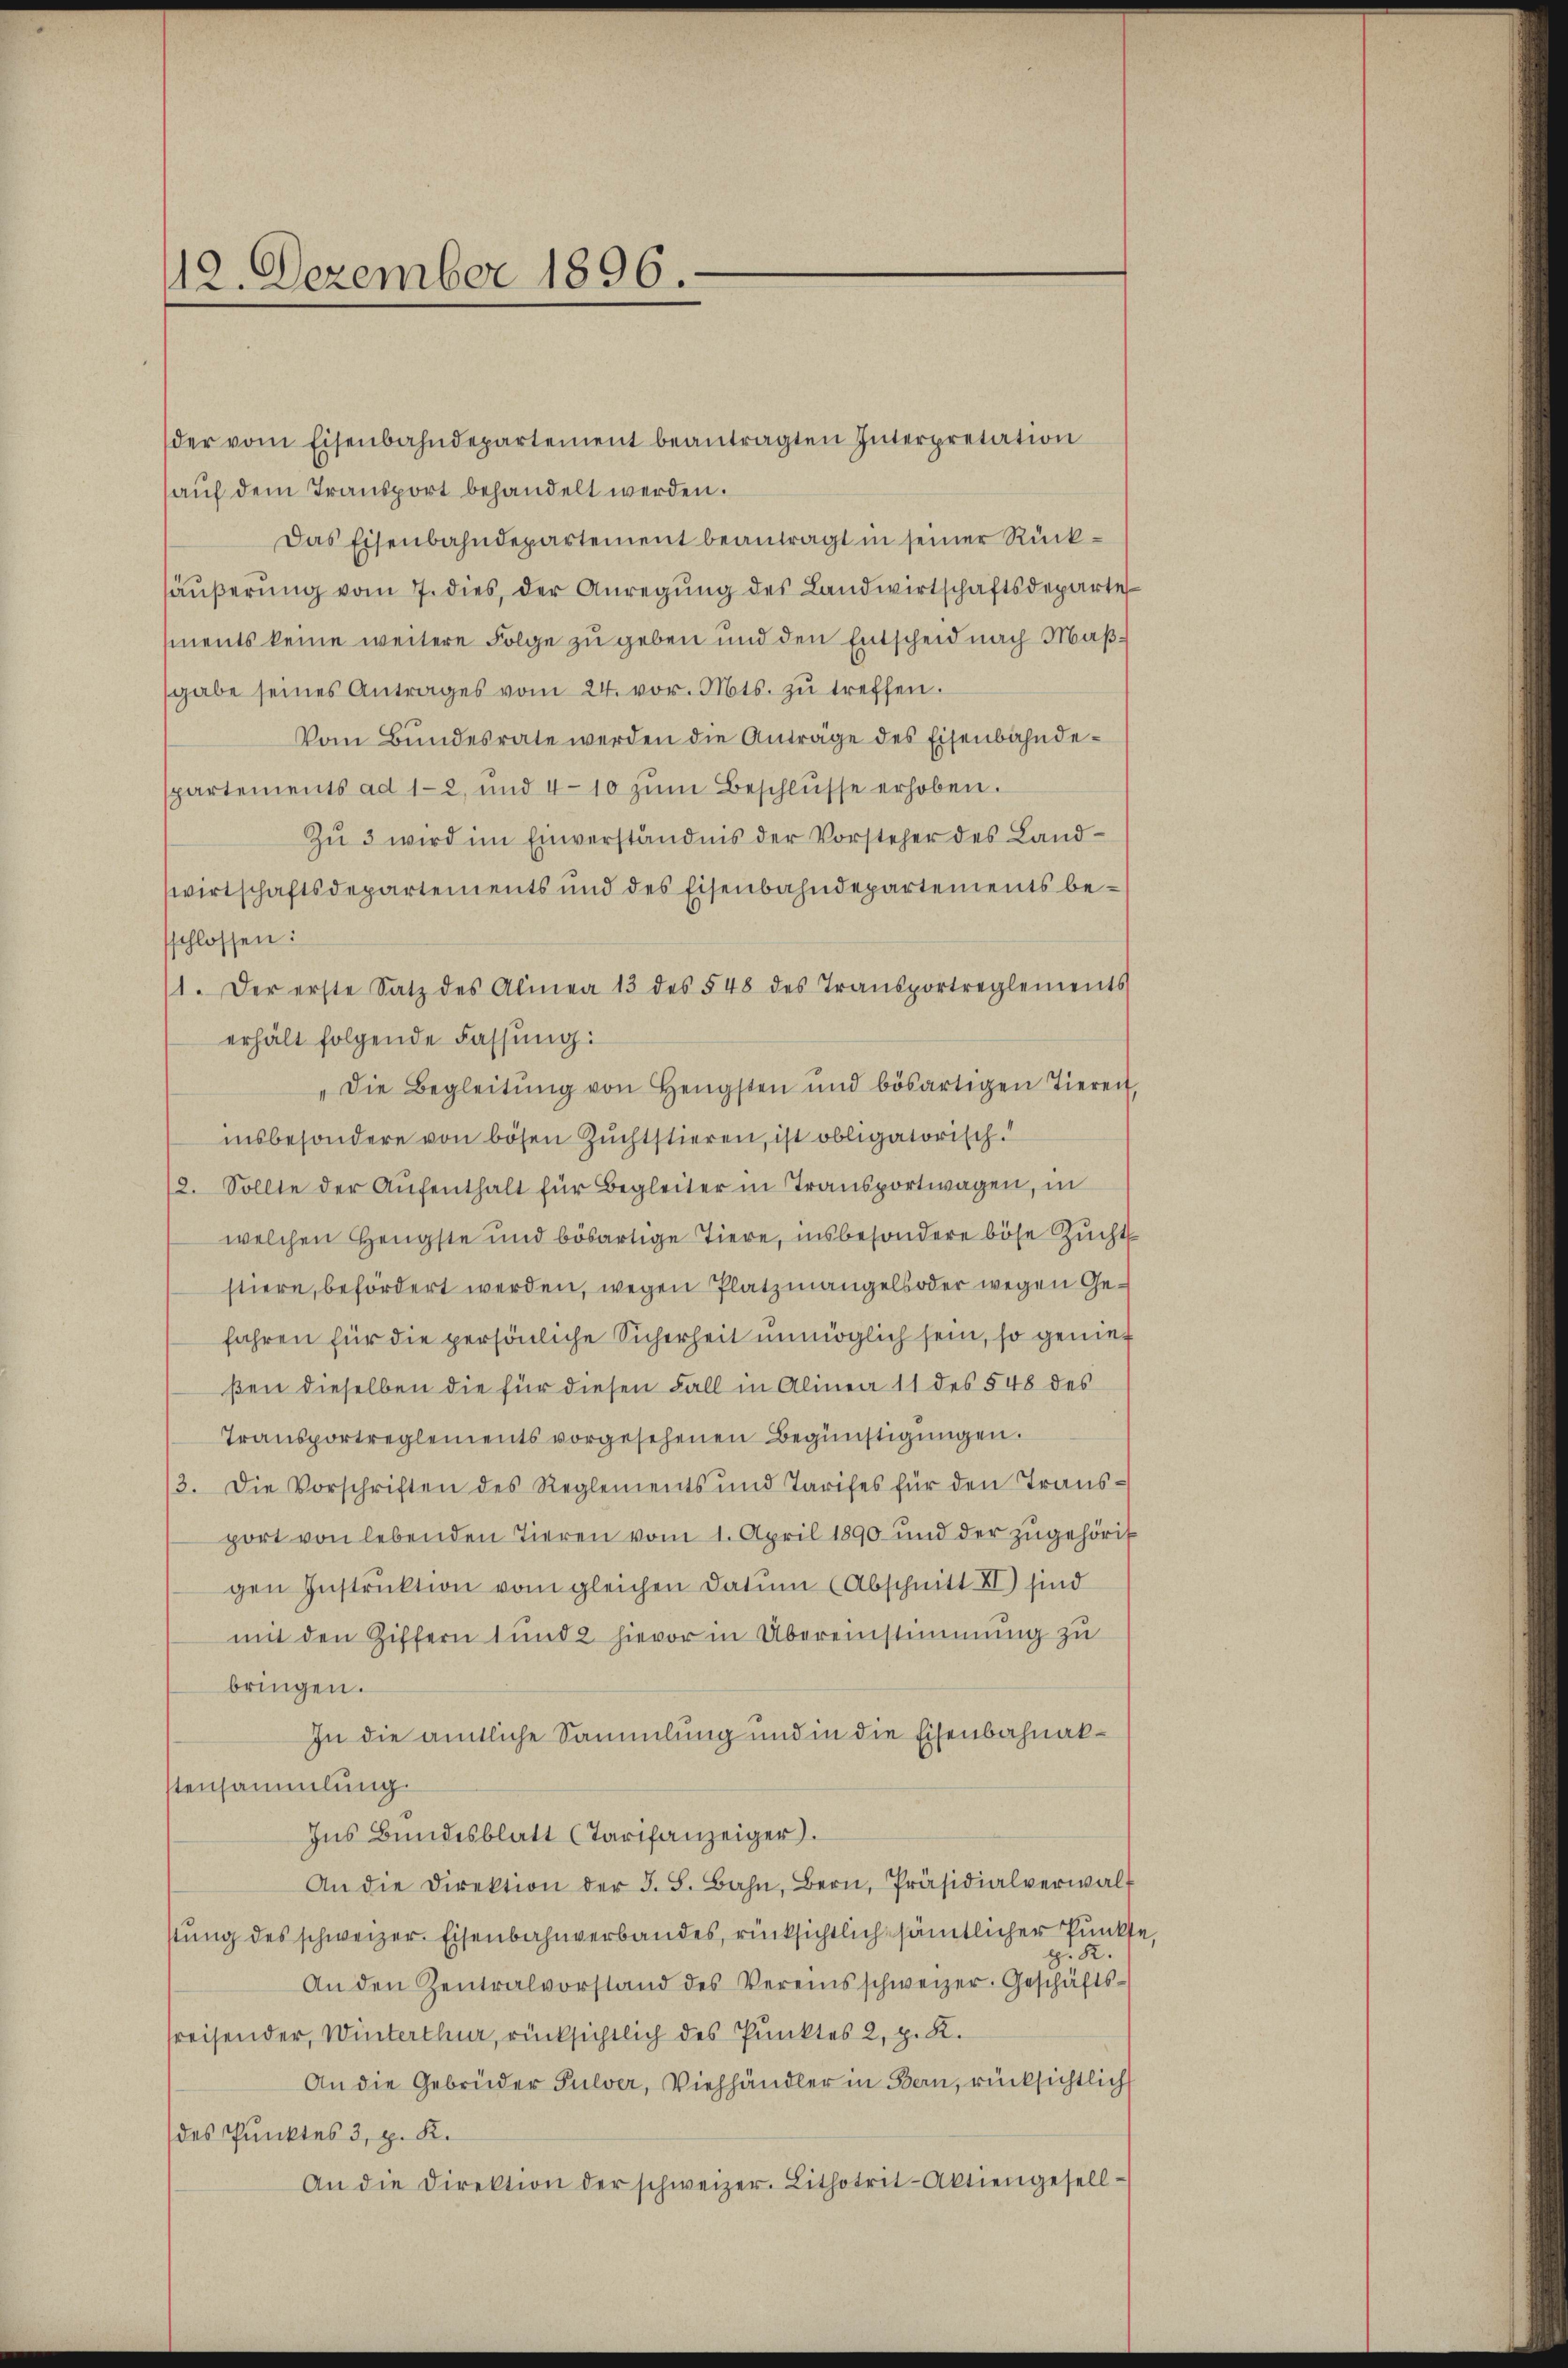
112. Dezember 1896.

der vom Eisenbahndepartement beantragten Interpretation
auf dem Transport behandelt werden.
Das Eisenbahndepartement beantragt in seiner Rückhäŭβerŭng vom 7. dies, der Anregŭng des Landwirtschaftsdeparte
ments keine weitere Folge zu geben und den Entscheid nach Maßsgabe seines Antrages vom 24. vor. Mts. zŭ treffen.
Vom Bŭndesrate werden die Anträge des Eisenbahnde-
spartements ad 1-2 und 410 zŭm Beschlüsse erhoben.
Zŭ 3 wird im Einverständnis der Vorsteher des Land-
wirtschaftsdepartements und des Eisenbahndepartements besschlossen:
11. Der erste Satz des Alinea 13 des § 48 des Transportreglements
erhält folgende Fassung:
Die Begleitŭng von Hengsten und bösartigen Tiereit,
insbesondere von bösen Zuchtstieren, ist obligatorisch.
12. Sollte der Aŭfenthalt für Begleiter in Transportwagen, in
welchen Hengste und bösartige Tiere, insbesondere böse Zucht
stiere, befördert werden, wegen Platzmangels oder wegen Gefahren für die persönliche Sicherheit unmöglich sein, so genieß
ßen dieselben die für diesen Fall in Alinea 11 des § 48 des
Transportreglements vorgesehenen Begünstigungen.
3. Die Vorschriften des Reglements und Tarifes für den Trans-
port von lebenden Tieren vom 1. April 1890 und der zŭgehörig
gen Instrŭktion vom gleichen Datum (Abschnitt XI) sind
mit den Ziffern 1 und 2 hievor in Übereinstimmung zu
bringen.
In die amtliche Sammlung und in die Eisenbahnakstensammlung.
Ins Bundesblatt (Tarifanzeiger.
An die Direktion der J. B. Bahn, Bern, Präsidialverwalt
stung des schweizer. Eisenbahnverbandes, rücksichtlich sämtlicher Punkte
H. K.
An den Zentralvorstand des Vereinsschweizer. Geschäftssreisender, Winterthur, rücksichtlich des Punktes 2, z. R.
An die Gebrüder Pulver, Viehhändler in Bern, rücksichtlich
des Punktes 3, p. K.
An die Direktion der schweizer. Lithotrit-Aktiengesell-